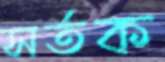
সর্তক